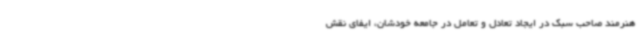
هنرمند صاحب سبک در ایجاد تعادل و تعامل در جامعه خودشان، ایفای نقش